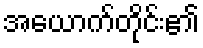
အယောက်တိုင်း၏